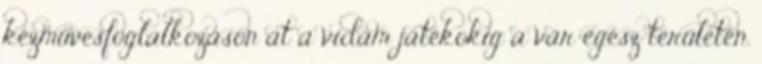
kézművesfoglalkozáson át a vidám játékokig a vár egész területén.